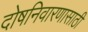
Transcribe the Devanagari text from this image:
दोषनिवारणासाठी